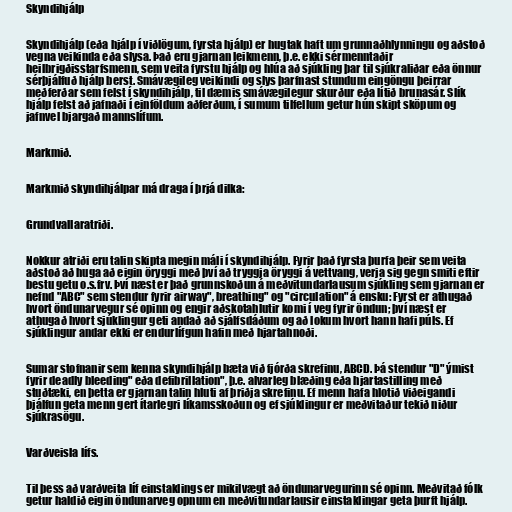
Skyndihjálp

Skyndihjálp (eða hjálp í viðlögum, fyrsta hjálp) er hugtak haft um grunnaðhlynningu og aðstoð
vegna veikinda eða slysa. Það eru gjarnan leikmenn, þ.e. ekki sérmenntaðir
heilbrigðisstarfsmenn, sem veita fyrstu hjálp og hlúa að sjúkling þar til sjúkraliðar eða önnur
sérþjálfuð hjálp berst. Smávægileg veikindi og slys þarfnast stundum eingöngu þeirrar
meðferðar sem felst í skyndihjálp, til dæmis smávægilegur skurður eða lítið brunasár. Slík
hjálp felst að jafnaði í einföldum aðferðum, í sumum tilfellum getur hún skipt sköpum og
jafnvel bjargað mannslífum.

Markmið.

Markmið skyndihjálpar má draga í þrjá dilka:

Grundvallaratriði.

Nokkur atriði eru talin skipta megin máli í skyndihjálp. Fyrir það fyrsta þurfa þeir sem veita
aðstoð að huga að eigin öryggi með því að tryggja öryggi á vettvang, verja sig gegn smiti eftir
bestu getu o.s.frv. Því næst er það grunnskoðun á meðvitundarlausum sjúkling sem gjarnan er
nefnd "ABC" sem stendur fyrir airway", breathing" og "circulation" á ensku: Fyrst er athugað
hvort öndunarvegur sé opinn og engir aðskotahlutir komi í veg fyrir öndun; því næst er
athugað hvort sjúklingur geti andað að sjálfsdáðum og að lokum hvort hann hafi púls. Ef
sjúklingur andar ekki er endurlífgun hafin með hjartahnoði.

Sumar stofnanir sem kenna skyndihjálp bæta við fjórða skrefinu, ABCD. Þá stendur "D" ýmist
fyrir deadly bleeding" eða defibrillation", þ.e. alvarleg blæðing eða hjartastilling með
stuðtæki, en þetta er gjarnan talin hluti af þriðja skrefinu. Ef menn hafa hlotið viðeigandi
þjálfun geta menn gert ítarlegri líkamsskoðun og ef sjúklingur er meðvitaður tekið niður
sjúkrasögu.

Varðveisla lífs.

Til þess að varðveita líf einstaklings er mikilvægt að öndunarvegurinn sé opinn. Meðvitað fólk
getur haldið eigin öndunarveg opnum en meðvitundarlausir einstaklingar geta þurft hjálp.